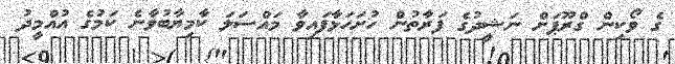
ގެ ވޯކިން ގްރޫޕަށް ނަޝީދުގެ ފަރާތުން ހުށަހަޅާފައިވާ މައްސަލަ ކާމިޔާބުވާނެ ކަމުގެ އުއްމީދު